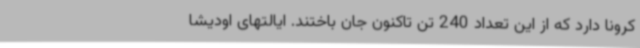
کرونا دارد که از این تعداد 240 تن تاکنون جان باختند. ایالتهای اودیشا